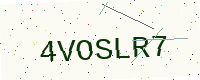
Text: 4VOSLR7